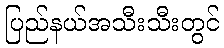
ပြည်နယ်အသီးသီးတွင်